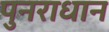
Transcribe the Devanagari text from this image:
पुनराधान